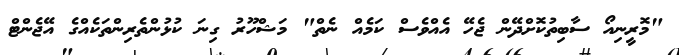
"މޮރީނިއޯ ސާބިތުކޮށްދޭން ޖެހޭ އެއްވެސް ކަމެއް ނެތް" މަޝްހޫރު ގިނަ ކުޅުންތެރިންތަކެއްގެ އޭޖެންޓް